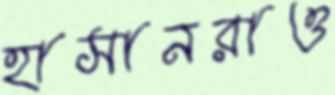
হাসানরাও